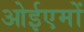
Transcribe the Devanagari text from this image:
ओईएमों